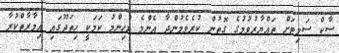
ސާކް ސަމިޓަށް ތައްޔާރުވުމުގެ ގޮތުން ކުރެވެމުންދާ އެންމެ މުހިންމު ކަމަކީ ހިތަދޫގައި އިމާރާތްކުރާ